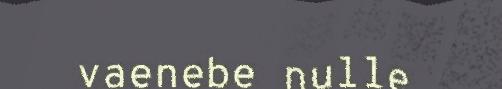
vaenebe nulle